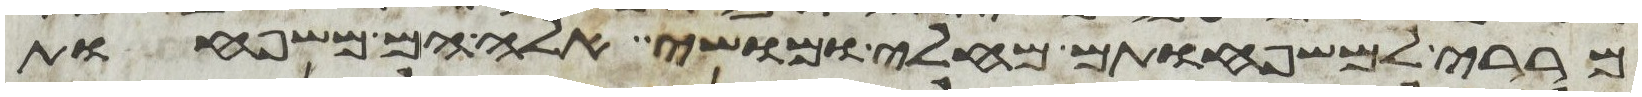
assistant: מררי למשפחותם מחלי ומושי אלה הם משפחות